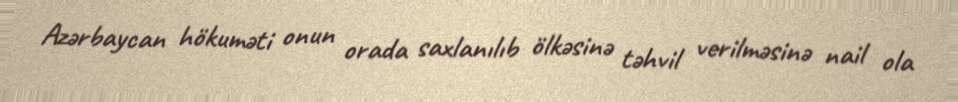
Azərbaycan hökuməti onun orada saxlanılıb ölkəsinə təhvil verilməsinə nail ola